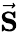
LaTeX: \vec{\mathbf S}